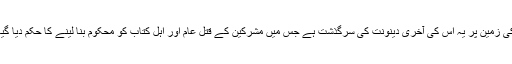
خدا کی زمین پر یہ اُس کی آخری دینونت کی سرگذشت ہے جس میں مشرکین کے قتل عام اور اہل کتاب کو محکوم بنا لینے کا حکم دیا گیا ہے۔